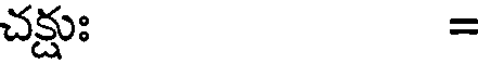
చక్షుః =